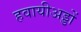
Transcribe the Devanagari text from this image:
हवायीअड्डों